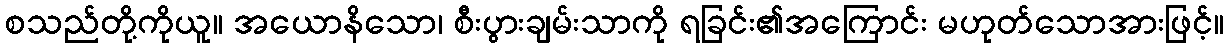
စသည်တို့ကိုယူ။ အယောနိသော၊ စီးပွားချမ်းသာကို ရခြင်း၏အကြောင်း မဟုတ်သောအားဖြင့်။